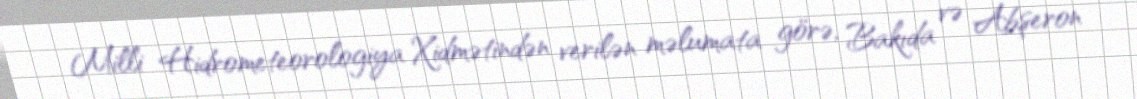
Milli Hidrometeorologiya Xidmətindən verilən məlumata görə, Bakıda və Abşeron